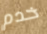
خدم